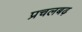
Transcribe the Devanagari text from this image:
प्रचलबढ़